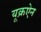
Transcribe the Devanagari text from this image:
यूक्रऐन